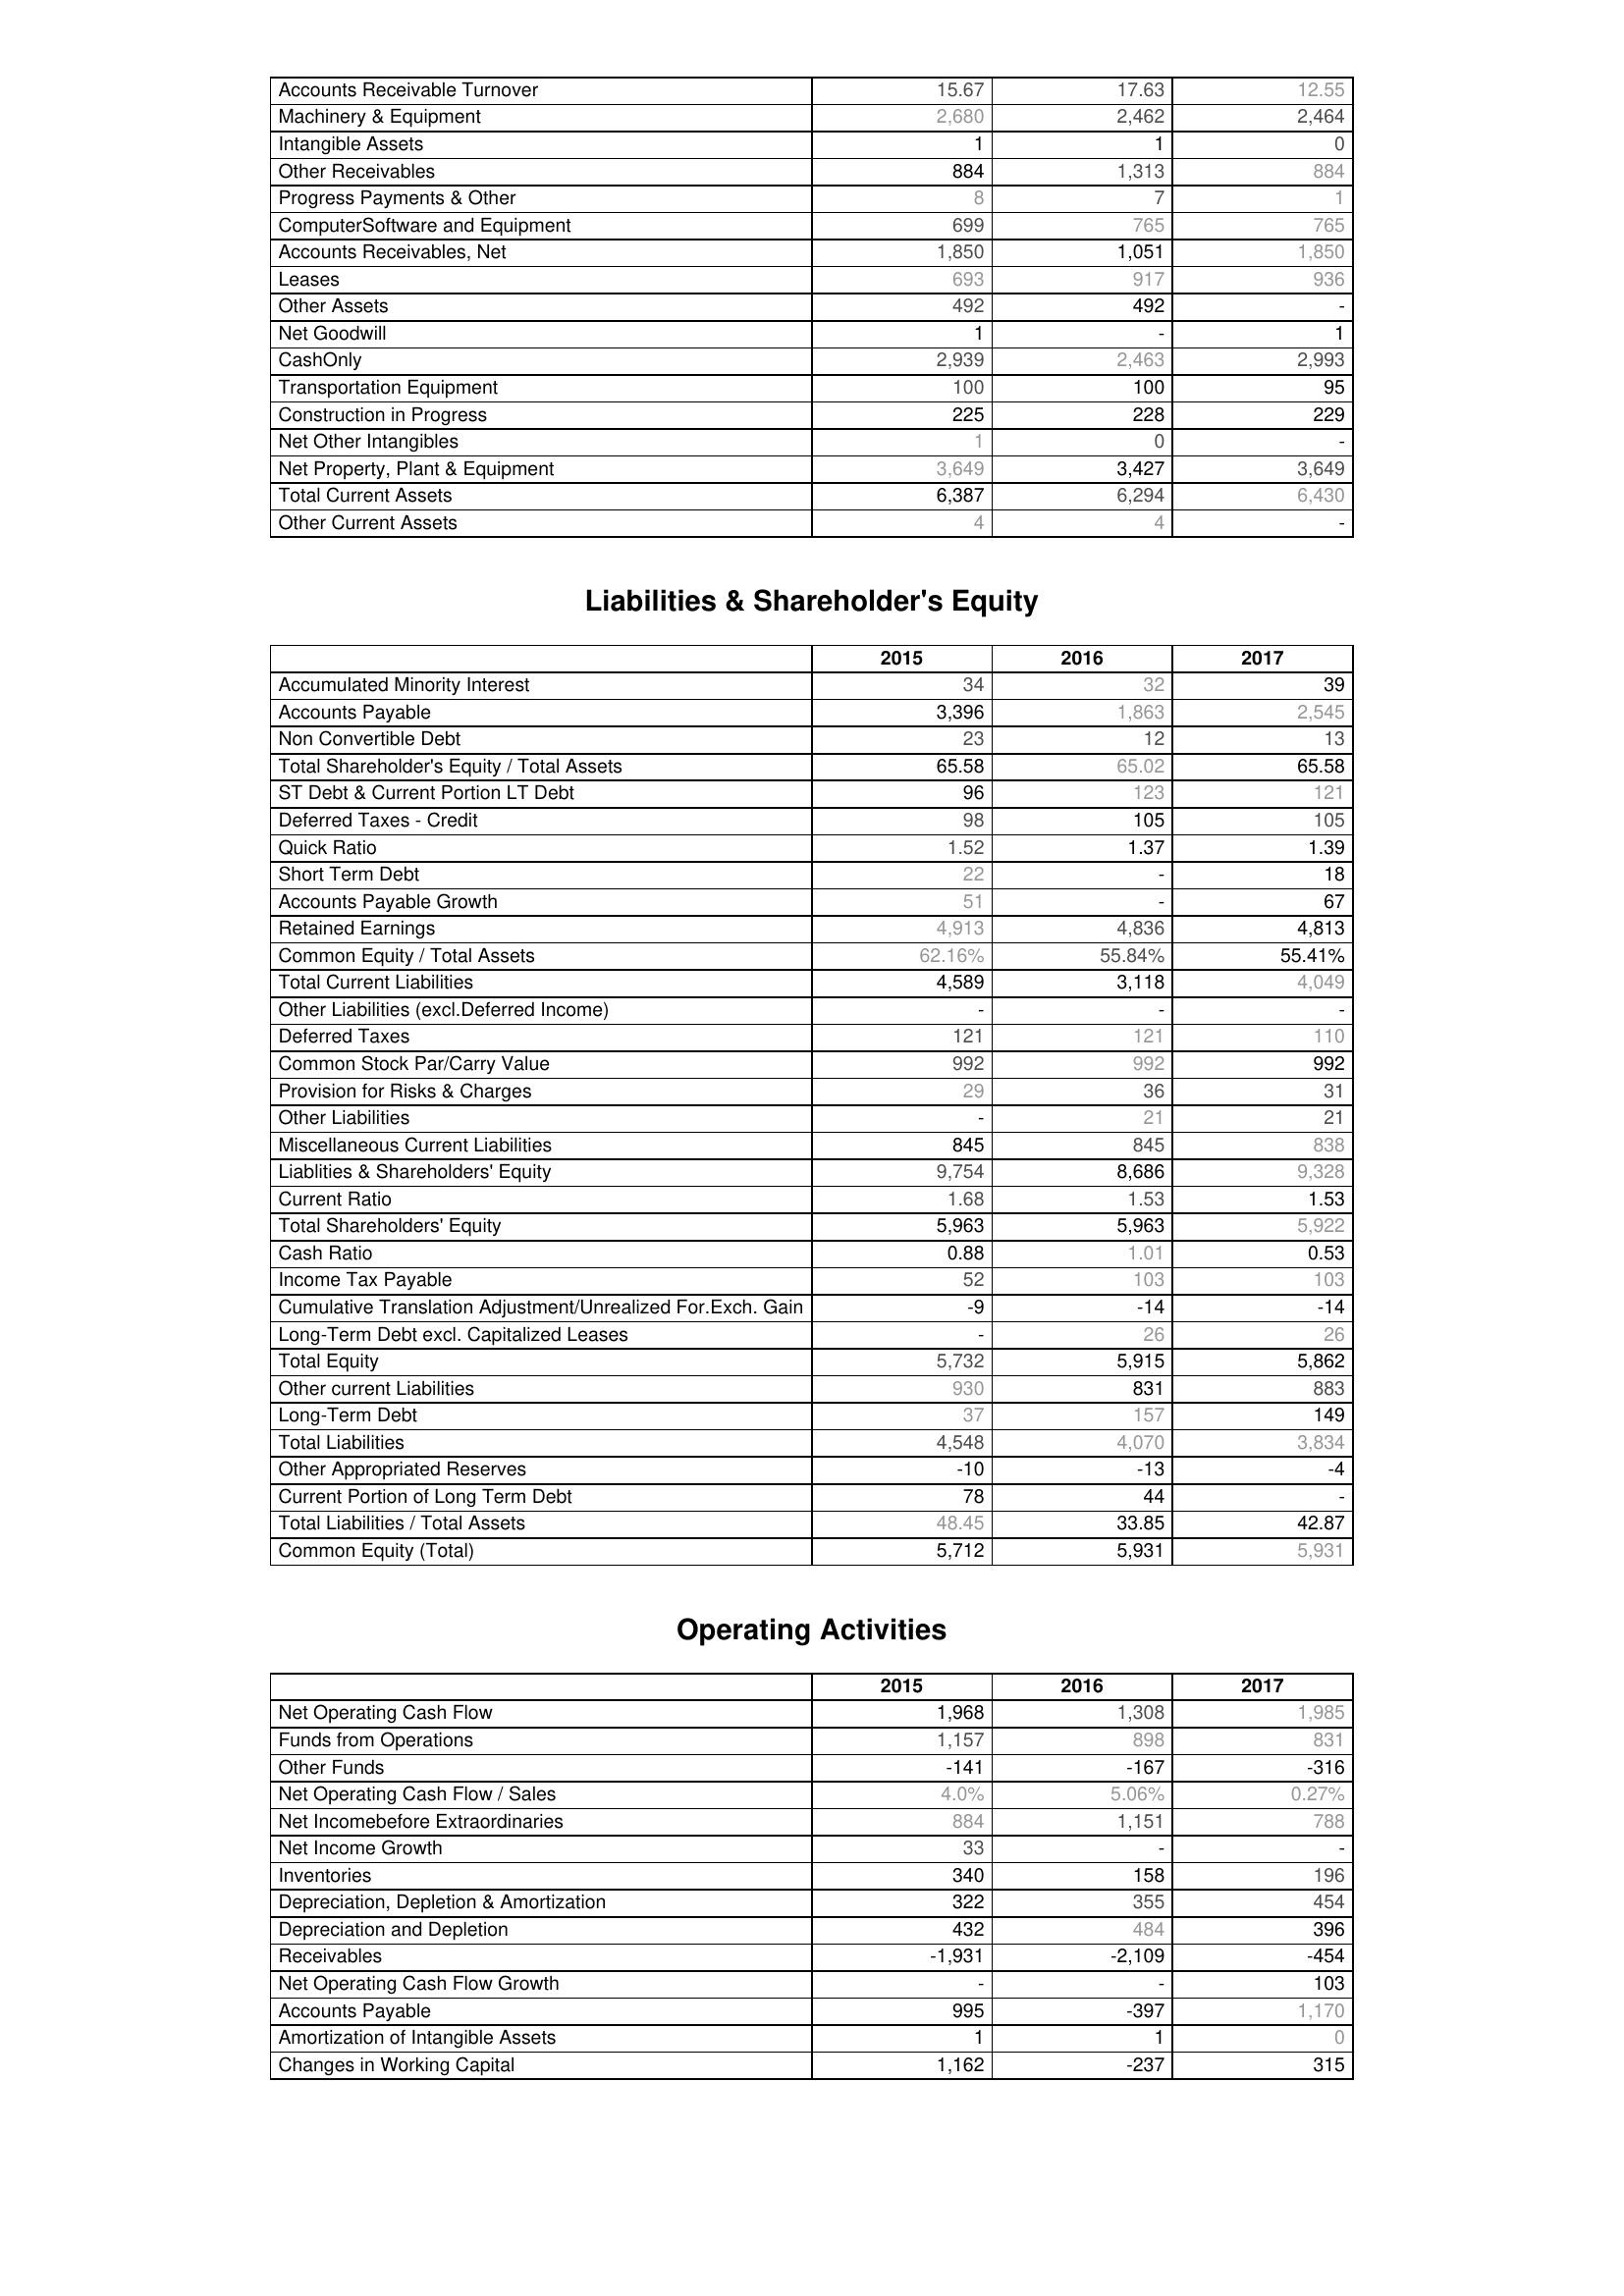
2015: Assets: Accounts Receivable Turnover: 15.67
Machinery & Equipment: 2,680
Intangible Assets: 1
Other Receivables: 884
Progress Payments & Other: 8
ComputerSoftware and Equipment: 699
Accounts Receivables, Net: 1,850
Leases: 693
Other Assets: 492
Net Goodwill: 1
CashOnly: 2,939
Transportation Equipment: 100
Construction in Progress: 225
Net Other Intangibles: 1
Net Property, Plant & Equipment: 3,649
Total Current Assets: 6,387
Other Current Assets: 4
Liabilities & Shareholder's Equity: Accumulated Minority Interest: 34
Accounts Payable: 3,396
Non Convertible Debt: 23
Total Shareholder's Equity / Total Assets: 65.58
ST Debt & Current Portion LT Debt: 96
Deferred Taxes - Credit: 98
Quick Ratio: 1.52
Short Term Debt: 22
Accounts Payable Growth: 51
Retained Earnings: 4,913
Common Equity / Total Assets: 62.16%
Total Current Liabilities: 4,589
Other Liabilities (excl.Deferred Income): -
Deferred Taxes: 121
Common Stock Par/Carry Value: 992
Provision for Risks & Charges: 29
Other Liabilities: -
Miscellaneous Current Liabilities: 845
Liablities & Shareholders' Equity: 9,754
Current Ratio: 1.68
Total Shareholders' Equity: 5,963
Cash Ratio: 0.88
Income Tax Payable: 52
Cumulative Translation Adjustment/Unrealized For.Exch. Gain: -9
Long-Term Debt excl. Capitalized Leases: -
Total Equity: 5,732
Other current Liabilities: 930
Long-Term Debt: 37
Total Liabilities: 4,548
Other Appropriated Reserves: -10
Current Portion of Long Term Debt: 78
Total Liabilities / Total Assets: 48.45
Common Equity (Total): 5,712
Operating Activities: Net Operating Cash Flow: 1,968
Funds from Operations: 1,157
Other Funds: -141
Net Operating Cash Flow / Sales: 4.0%
Net Incomebefore Extraordinaries: 884
Net Income Growth: 33
Inventories: 340
Depreciation, Depletion & Amortization: 322
Depreciation and Depletion: 432
Receivables: -1,931
Net Operating Cash Flow Growth: -
Accounts Payable: 995
Amortization of Intangible Assets: 1
Changes in Working Capital: 1,162
2016: Assets: Accounts Receivable Turnover: 17.63
Machinery & Equipment: 2,462
Intangible Assets: 1
Other Receivables: 1,313
Progress Payments & Other: 7
ComputerSoftware and Equipment: 765
Accounts Receivables, Net: 1,051
Leases: 917
Other Assets: 492
Net Goodwill: -
CashOnly: 2,463
Transportation Equipment: 100
Construction in Progress: 228
Net Other Intangibles: 0
Net Property, Plant & Equipment: 3,427
Total Current Assets: 6,294
Other Current Assets: 4
Liabilities & Shareholder's Equity: Accumulated Minority Interest: 32
Accounts Payable: 1,863
Non Convertible Debt: 12
Total Shareholder's Equity / Total Assets: 65.02
ST Debt & Current Portion LT Debt: 123
Deferred Taxes - Credit: 105
Quick Ratio: 1.37
Short Term Debt: -
Accounts Payable Growth: -
Retained Earnings: 4,836
Common Equity / Total Assets: 55.84%
Total Current Liabilities: 3,118
Other Liabilities (excl.Deferred Income): -
Deferred Taxes: 121
Common Stock Par/Carry Value: 992
Provision for Risks & Charges: 36
Other Liabilities: 21
Miscellaneous Current Liabilities: 845
Liablities & Shareholders' Equity: 8,686
Current Ratio: 1.53
Total Shareholders' Equity: 5,963
Cash Ratio: 1.01
Income Tax Payable: 103
Cumulative Translation Adjustment/Unrealized For.Exch. Gain: -14
Long-Term Debt excl. Capitalized Leases: 26
Total Equity: 5,915
Other current Liabilities: 831
Long-Term Debt: 157
Total Liabilities: 4,070
Other Appropriated Reserves: -13
Current Portion of Long Term Debt: 44
Total Liabilities / Total Assets: 33.85
Common Equity (Total): 5,931
Operating Activities: Net Operating Cash Flow: 1,308
Funds from Operations: 898
Other Funds: -167
Net Operating Cash Flow / Sales: 5.06%
Net Incomebefore Extraordinaries: 1,151
Net Income Growth: -
Inventories: 158
Depreciation, Depletion & Amortization: 355
Depreciation and Depletion: 484
Receivables: -2,109
Net Operating Cash Flow Growth: -
Accounts Payable: -397
Amortization of Intangible Assets: 1
Changes in Working Capital: -237
2017: Assets: Accounts Receivable Turnover: 12.55
Machinery & Equipment: 2,464
Intangible Assets: 0
Other Receivables: 884
Progress Payments & Other: 1
ComputerSoftware and Equipment: 765
Accounts Receivables, Net: 1,850
Leases: 936
Other Assets: -
Net Goodwill: 1
CashOnly: 2,993
Transportation Equipment: 95
Construction in Progress: 229
Net Other Intangibles: -
Net Property, Plant & Equipment: 3,649
Total Current Assets: 6,430
Other Current Assets: -
Liabilities & Shareholder's Equity: Accumulated Minority Interest: 39
Accounts Payable: 2,545
Non Convertible Debt: 13
Total Shareholder's Equity / Total Assets: 65.58
ST Debt & Current Portion LT Debt: 121
Deferred Taxes - Credit: 105
Quick Ratio: 1.39
Short Term Debt: 18
Accounts Payable Growth: 67
Retained Earnings: 4,813
Common Equity / Total Assets: 55.41%
Total Current Liabilities: 4,049
Other Liabilities (excl.Deferred Income): -
Deferred Taxes: 110
Common Stock Par/Carry Value: 992
Provision for Risks & Charges: 31
Other Liabilities: 21
Miscellaneous Current Liabilities: 838
Liablities & Shareholders' Equity: 9,328
Current Ratio: 1.53
Total Shareholders' Equity: 5,922
Cash Ratio: 0.53
Income Tax Payable: 103
Cumulative Translation Adjustment/Unrealized For.Exch. Gain: -14
Long-Term Debt excl. Capitalized Leases: 26
Total Equity: 5,862
Other current Liabilities: 883
Long-Term Debt: 149
Total Liabilities: 3,834
Other Appropriated Reserves: -4
Current Portion of Long Term Debt: -
Total Liabilities / Total Assets: 42.87
Common Equity (Total): 5,931
Operating Activities: Net Operating Cash Flow: 1,985
Funds from Operations: 831
Other Funds: -316
Net Operating Cash Flow / Sales: 0.27%
Net Incomebefore Extraordinaries: 788
Net Income Growth: -
Inventories: 196
Depreciation, Depletion & Amortization: 454
Depreciation and Depletion: 396
Receivables: -454
Net Operating Cash Flow Growth: 103
Accounts Payable: 1,170
Amortization of Intangible Assets: 0
Changes in Working Capital: 315